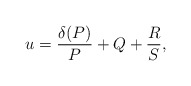
\begin{align*}u=\frac{\delta(P)}{P}+Q+\frac{R}{S},\end{align*}